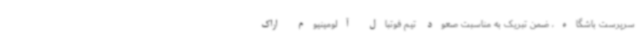
سرپرست باشگاه، ضمن تبریک به مناسبت صعود تیم فوتبال آلومینیوم اراک